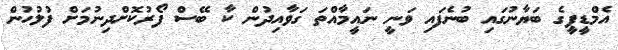
އެމްޑީޕީގެ ބަޔާނުގައި ބުނެފައި ވަނީ ނައީމާއްތަ ގަވާއިދުން ކާ ބޭސް ފޯރުކޮށްދިނުމަށް ފުލުހުން